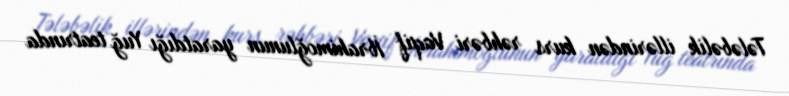
Tələbəlik illərindən kurs rəhbəri Vaqif İbrahimoğlunun yaratdığı Yuğ teatrında